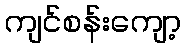
ကျင်စန်းကျော့